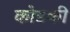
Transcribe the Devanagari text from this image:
कोडकी